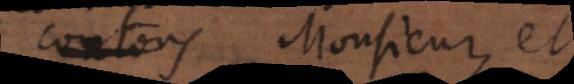
contons, Monsieur, et